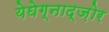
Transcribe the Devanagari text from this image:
येघेग्नाद्ज़ोर